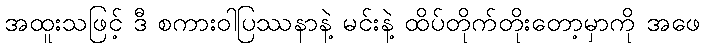
အထူးသဖြင့် ဒီ စကားဝါပြဿနာနဲ့ မင်းနဲ့ ထိပ်တိုက်တိုးတော့မှာကို အဖေ